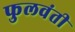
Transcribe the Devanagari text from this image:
फुलवंती